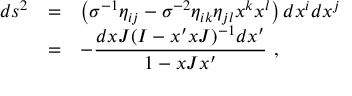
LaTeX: \begin{array} { r c l } { { d s ^ { 2 } } } & { { = } } & { { \left( \sigma ^ { - 1 } \eta _ { i j } - \sigma ^ { - 2 } \eta _ { i k } \eta _ { j l } x ^ { k } x ^ { l } \right) d x ^ { i } d x ^ { j } } } \\ { { } } & { { = } } & { { - \displaystyle \frac { d x J ( I - x ^ { \prime } x J ) ^ { - 1 } d x ^ { \prime } } { 1 - x J x ^ { \prime } } ~ , } } \end{array}